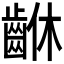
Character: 𪘆